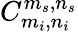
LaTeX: C_{m_{i},n_{i}}^{m_{s},n_{s}}